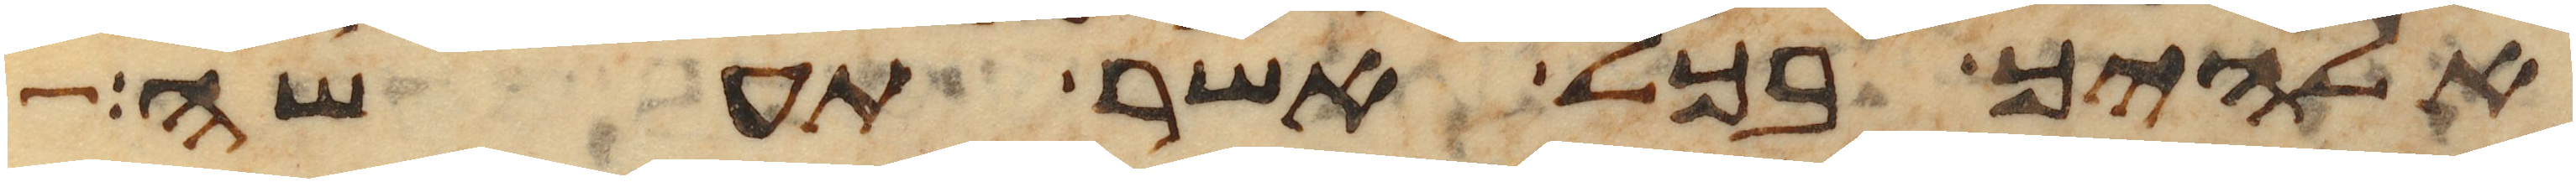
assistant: אלהיך בכל אשר תעשה